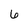
Character: 6